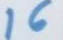
16